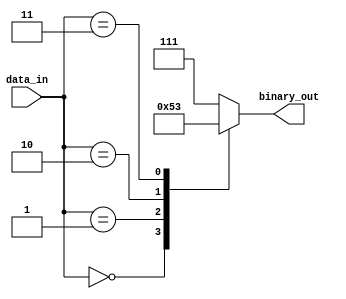
module encoder (
    input [7:0] data_in,
    output [2:0] binary_out
);

always @* begin
    case (data_in)
        8'b00000000: binary_out = 3'b000;
        8'b00000001: binary_out = 3'b001;
        8'b00000010: binary_out = 3'b010;
        8'b00000011: binary_out = 3'b011;
        // Add more cases for encoding algorithm
        default: binary_out = 3'b111; // Default output if input does not match any encoding
    endcase
end

endmodule